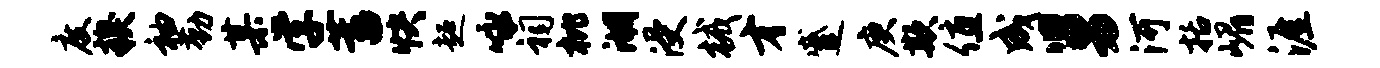
度糗袖勤某学蓄快超咏祠枇湖浸械才蹙庚欺值成舅河括嵋涯